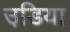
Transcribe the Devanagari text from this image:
उडि़या